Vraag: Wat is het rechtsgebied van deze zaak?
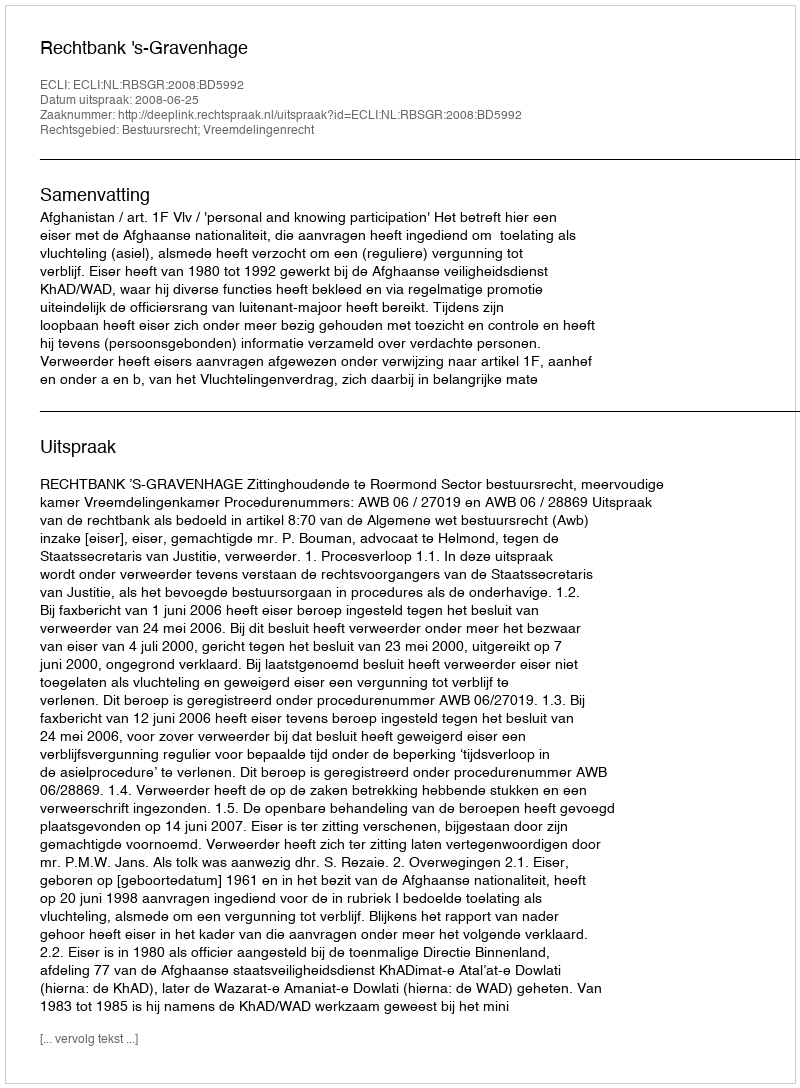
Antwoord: Bestuursrecht; Vreemdelingenrecht